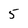
Character: 5